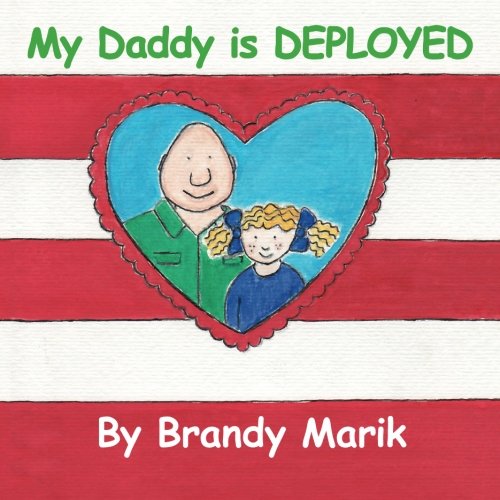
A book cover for My Daddy is DEPLOYED; Brandy Marik; Parenting & Relationships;